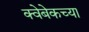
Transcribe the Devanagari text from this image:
क्वेबेकच्या